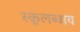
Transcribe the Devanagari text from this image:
स्कूलब्वाय